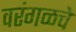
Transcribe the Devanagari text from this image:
वरंगळचे